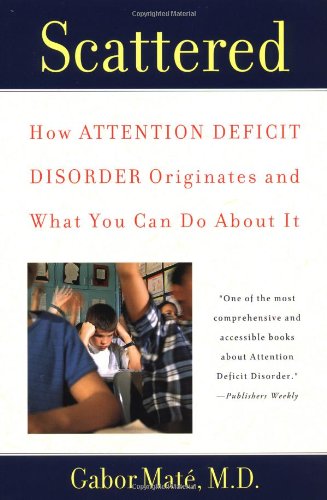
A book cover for Scattered: How Attention Deficit Disorder Originates and What You Can Do About It; Gabor Mate; Medical Books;